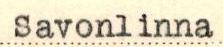
Savonlinna